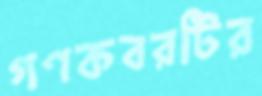
গণকবরটির